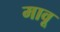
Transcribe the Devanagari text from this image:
मावू